Civil Veterinary Department Bihar & Orissa reports 1929-36 - 1929-1936
Year: 1929
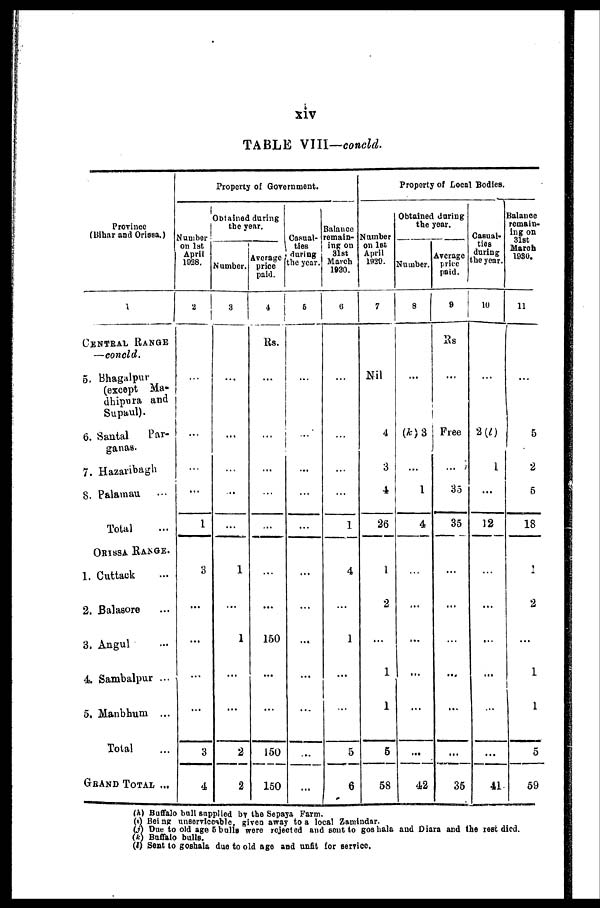
xiv
TABLE VIII—concld.
Province
(Bihar and Orissa.)
1
CENTRAL RANGE
—concld.
5. Bhagalpur
(except Ma-
dhipura and
Supaul).
6. Santal
Par-
ganas.
7. Hazaribagh
8. Palamau ....
Total ...
ORISSA RANGE.
1. Cuttack ...
2. Balasore ...
3. Angul ...
4 Sambalpur ...
5. Manbhum ...
Total
GRAND TOTAL ...
Property of Government.
Number
on 1st
April
1928.
2
...
...
...
...
1
3
...
...
...
...
3
4
Obtained during
the year.
Number.
3
...
...
...
...
...
1
...
1
...
...
2
2
Average
price
paid.
4
Rs.
...
...
...
...
...
...
...
150
...
...
150
150
Casual-
ties
duriug
the year.
5
...
...
...
...
...
...
...
...
...
...
...
...
Balance
remain-
ing on
31st
March
1930.
6
...
...
...
...
1
4
...
1
...
...
5
6
Property of Local Bodies.
Number
on 1st
April
1929.
7
Nil
4
3
4
26
1
2
...
1
1
5
58
Obtained during
the year.
Number.
8
...
(k) 3
...
1
4
...
...
...
...
...
...
42
Average
price
paid.
9
Rs
...
Free
...
35
35
...
...
...
...
...
...
35
Casual-
ties
during
the year.
10
...
2 (l)
1
...
12
...
...
...
...
...
...
41
Balance
remain-
ing on
31st
March
1930.
11
...
5
2
5
18
1
2
...
1
1
5
59
(h) Buffalo bull supplied by the Sepaya Farm.
(i) Being unserviceable, given away to a local Zamindar.
(j) Due to old age 5 bulls were rejected and sent to goshala and Diara and the rest died.
(k) Buffalo bulls.
(l) Sent to goshala due to old age and unfit for service.